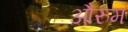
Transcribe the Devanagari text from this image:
औरुम